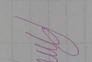
Signature authenticity: genuine